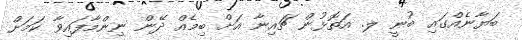
ބަޔާނެއްގައި ބުނީ ލ. އަތޮޅުން ޗައިނާ އަށް ބިމެއް ދޭން ނިންމާފައިވާ ކަމަށް